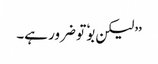
’’لیکن بوٗ تو ضرور ہے۔